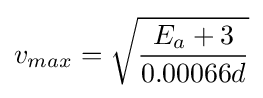
v_{max}={\sqrt {\frac {E_{a}+3}{0.00066d}}}